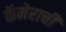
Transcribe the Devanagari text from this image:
कॅमेराची